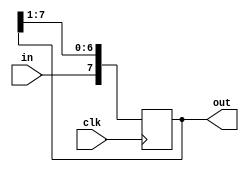
// Shift register
// Registro de corrimiento

module S3L2 (clk, in, out);
input clk;
input in;
output reg [0:7] out;

initial begin
out = 0;
end

always @(posedge clk) begin
out = {in, out [0:6]};
end
endmodule